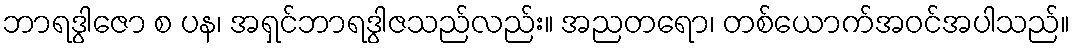
ဘာရဒွါဇော စ ပန၊ အရှင်ဘာရဒွါဇသည်လည်း။ အညတရော၊ တစ်ယောက်အဝင်အပါသည်။